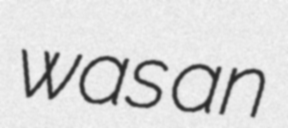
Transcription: was an